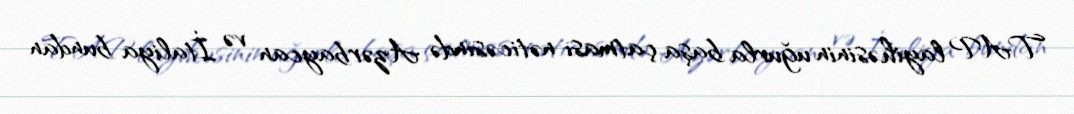
TAP layihəsinin uğurla başa çatması nəticəsində Azərbaycan və İtaliya bundan